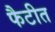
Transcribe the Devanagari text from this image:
फैटीत